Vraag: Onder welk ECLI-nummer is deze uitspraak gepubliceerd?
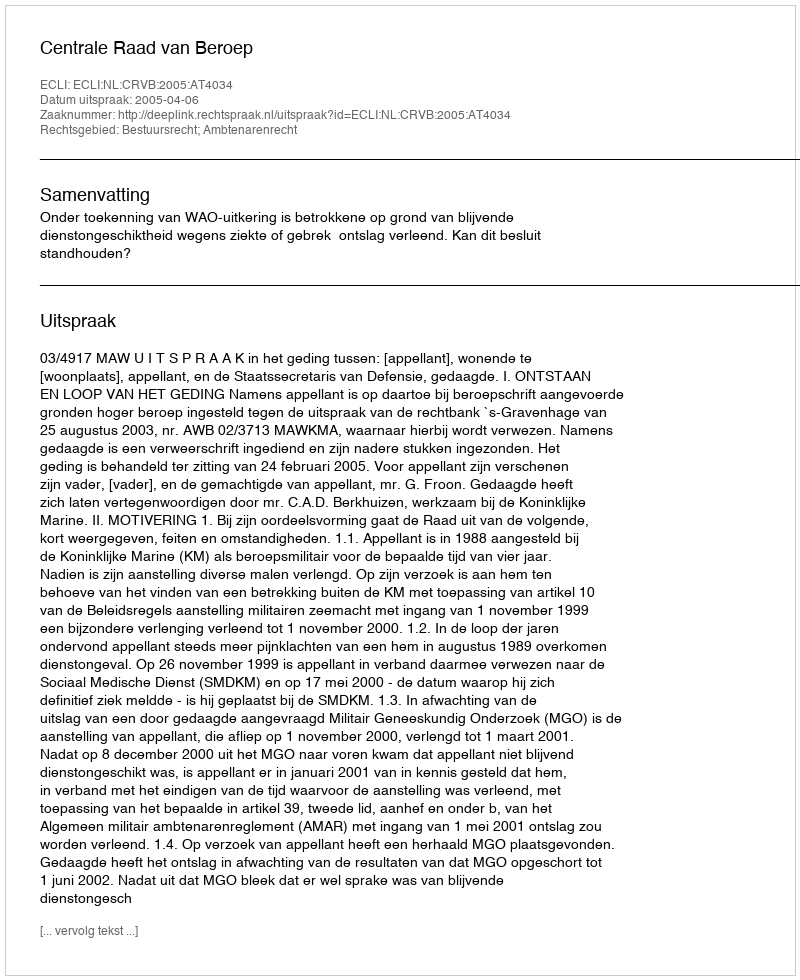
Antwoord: ECLI:NL:CRVB:2005:AT4034